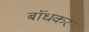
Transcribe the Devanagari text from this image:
बाॅधकर